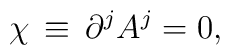
\chi\, \equiv \,\partial^{j}A^{j} = 0,